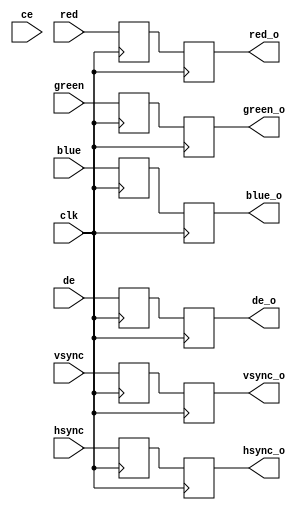
// File fmc_dvidp_dvi_in.vhd translated with vhd2vl v2.0 VHDL to Verilog RTL translator
// Copyright (C) 2001 Vincenzo Liguori - Ocean Logic Pty Ltd - http://www.ocean-logic.com
// Modifications (C) 2006 Mark Gonzales - PMC Sierra Inc
// 
// vhd2vl comes with ABSOLUTELY NO WARRANTY
// ALWAYS RUN A FORMAL VERIFICATION TOOL TO COMPARE VHDL INPUT TO VERILOG OUTPUT 
// 
// This is free software, and you are welcome to redistribute it under certain conditions.
// See the license file license.txt included with the source for details.

//----------------------------------------------------------------
//      _____
//     /     \
//    /____   \____
//   / \===\   \==/
//  /___\===\___\/  AVNET
//       \======/
//        \====/    
//---------------------------------------------------------------
//
// This design is the property of Avnet.  Publication of this
// design is not authorized without written consent from Avnet.
// 
// Please direct any questions to:  technical.support@avnet.com
//
// Disclaimer:
//    Avnet, Inc. makes no warranty for the use of this code or design.
//    This code is provided  "As Is". Avnet, Inc assumes no responsibility for
//    any errors, which may appear in this code, nor does it make a commitment
//    to update the information contained herein. Avnet, Inc specifically
//    disclaims any implied warranties of fitness for a particular purpose.
//                     Copyright(c) 2010 Avnet, Inc.
//                             All rights reserved.
//
//----------------------------------------------------------------
//
// Design Name:         FMC-DVIDP
// Module Name:         fmc_dvidp_dvi_in.vhd
// Project Name:        FMC-DVIDP
// Target Devices:      Spartan-6
// Avnet Boards:        FMC-DVIDP
//
// Tool versions:       ISE 11.4
//
// Description:         FMC-DVIDP DVI input interface.
//                      Based on VSK dvi_in.vhd and modified as follows:
//                      - rename dvi_in to fmc_dvidp_dvi_in
//                      - remove unused mode port
//                      - replace dvi_clk_p/dvi_clk_n by single-ended dvi_clk
//                      - add support for more devices via C_FAMILY generic:
//                         - spartan3adsp
//                         - spartan6
//
// Dependencies:        
//
// Revision:            Nov 11, 2009: 1.00 Initial version
//                      Dec 09, 2009: 1.01 Add a second set of regs
//
//----------------------------------------------------------------
// DISCLAIMER OF LIABILITY
// 
// This text/file contains proprietary, confidential
// information of Xilinx, Inc., is distributed under license
// from Xilinx, Inc., and may be used, copied and/or
// disclosed only pursuant to the terms of a valid license
// agreement with Xilinx, Inc. Xilinx hereby grants you a 
// license to use this text/file solely for design, simulation, 
// implementation and creation of design files limited 
// to Xilinx devices or technologies. Use with non-Xilinx 
// devices or technologies is expressly prohibited and 
// immediately terminates your license unless covered by
// a separate agreement.
//
// Xilinx is providing this design, code, or information 
// "as-is" solely for use in developing programs and 
// solutions for Xilinx devices, with no obligation on the 
// part of Xilinx to provide support. By providing this design, 
// code, or information as one possible implementation of 
// this feature, application or standard, Xilinx is making no 
// representation that this implementation is free from any 
// claims of infringement. You are responsible for 
// obtaining any rights you may require for your implementation. 
// Xilinx expressly disclaims any warranty whatsoever with 
// respect to the adequacy of the implementation, including 
// but not limited to any warranties or representations that this
// implementation is free from claims of infringement, implied 
// warranties of merchantability or fitness for a particular 
// purpose.
//
// Xilinx products are not intended for use in life support
// appliances, devices, or systems. Use in such applications is
// expressly prohibited.
//
// Any modifications that are made to the Source Code are 
// done at the users sole risk and will be unsupported.
//
//
// Copyright (c) 2007, 2008 Xilinx, Inc. All rights reserved.
//
// This copyright and support notice must be retained as part 
// of this text at all times. 
//
//----------------------------------------------------------------------------
// $Revision:: 2433   $: Revision of last commit
// $Date:: 2008-05-27#$: Date of last commit
// Description         : DVI Hardware Interface
//----------------------------------------------------------------------------
//-- Uncomment the following library declaration if instantiating
//-- any Xilinx primitives in this code.
//library UNISIM;
//use UNISIM.VComponents.all;

module fmc_dvidp_dvi_in(
clk,
ce,
de,
vsync,
hsync,
red,
green,
blue,
de_o,
vsync_o,
hsync_o,
red_o,
green_o,
blue_o
);

input clk;
input ce;
input de;
input vsync;
input hsync;
input[7:0] red;
input[7:0] green;
input[7:0] blue;
output de_o;
output vsync_o;
output hsync_o;
output[7:0] red_o;
output[7:0] green_o;
output[7:0] blue_o;

wire   clk;
wire   ce;
wire   de;
wire   vsync;
wire   hsync;
wire  [7:0] red;
wire  [7:0] green;
wire  [7:0] blue;
reg   de_o;
reg   vsync_o;
reg   hsync_o;
reg  [7:0] red_o;
reg  [7:0] green_o;
reg  [7:0] blue_o;


reg  de_r;
reg  vsync_r;
reg  hsync_r;
reg [7:0] red_r;
reg [7:0] green_r;
reg [7:0] blue_r;

  always @(posedge clk) begin
    de_r <= de;
    vsync_r <= vsync;
    hsync_r <= hsync;
    red_r <= red;
    green_r <= green;
    blue_r <= blue;
  end

  always @(posedge clk) begin
    de_o <= de_r;
    vsync_o <= vsync_r;
    hsync_o <= hsync_r;
    red_o <= red_r;
    green_o <= green_r;
    blue_o <= blue_r;
  end


endmodule